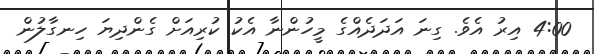
4:00 އިރު އެވެ. ގިނަ އަދަދެއްގެ މީހުންނާ އެކު ކުރިއަށް ގެންދިޔަ ހިނގާލުން